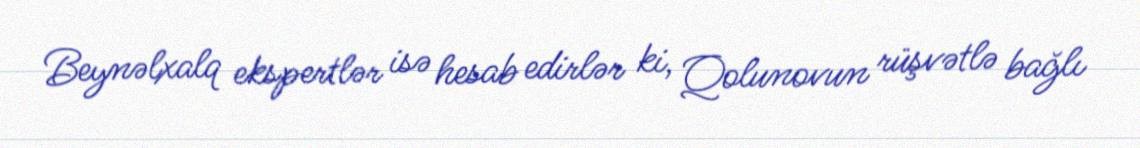
Beynəlxalq ekspertlər isə hesab edirlər ki, Qolunovun rüşvətlə bağlı